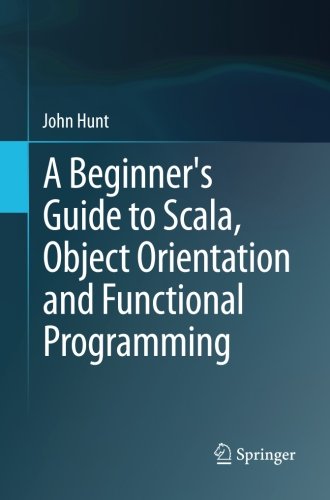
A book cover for A Beginner's Guide to Scala, Object Orientation and Functional Programming; John Hunt; Computers & Technology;